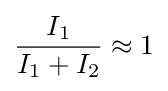
{\frac {I_{1}}{I_{1}+I_{2}}}\approx 1